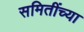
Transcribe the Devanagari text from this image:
समितींच्या